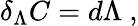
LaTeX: \delta_{\Lambda}C=d\Lambda\ ,